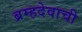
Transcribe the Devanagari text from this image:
ब्रम्हदेवाची